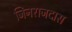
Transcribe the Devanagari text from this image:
जिनराजदास